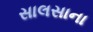
સાલસાના